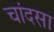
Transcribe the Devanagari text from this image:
चांदसा